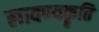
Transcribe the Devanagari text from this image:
लावण्यकॄति